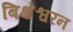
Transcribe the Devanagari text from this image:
बिक्षेश्वरन